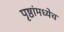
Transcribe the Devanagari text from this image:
पृष्ठांमध्येच